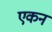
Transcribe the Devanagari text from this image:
एकन